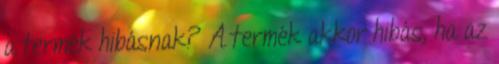
a termék hibásnak? A termék akkor hibás, ha az